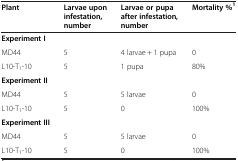
<table><thead><tr><td><b>Plant</b></td><td><b>Larvae upon infestation, number</b></td><td><b>Larvae or pupa after infestation, number</b></td><td><b>Mortality %<sup>1</sup></b></td></tr></thead><tbody><tr><td><b>Experiment I</b></td><td> </td><td> </td><td> </td></tr><tr><td>MD44</td><td>5</td><td>4 larvae + 1 pupa</td><td>0</td></tr><tr><td>L10-T<sub>1</sub>-10</td><td>5</td><td>1 pupa</td><td>80%</td></tr><tr><td><b>Experiment II</b></td><td> </td><td> </td><td> </td></tr><tr><td>MD44</td><td>5</td><td>5 larvae</td><td>0</td></tr><tr><td>L10-T<sub>1</sub>-10</td><td>5</td><td>0</td><td>100%</td></tr><tr><td><b>Experiment III</b></td><td> </td><td> </td><td> </td></tr><tr><td>MD44</td><td>5</td><td>5 larvae</td><td>0</td></tr><tr><td>L10-T<sub>1</sub>-10</td><td>5</td><td>0</td><td>100%</td></tr></tbody></table>